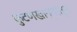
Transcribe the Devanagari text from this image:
कुंटणखान्यांतून